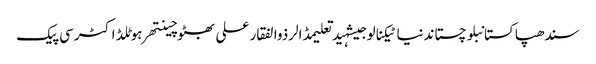
سندھپاکستانبلوچستاندنیاٹیکنالوجیشہیدتعلیمڈالرذوالفقار علی بھٹوچینتھرہوٹلڈاکٹرسی پیک